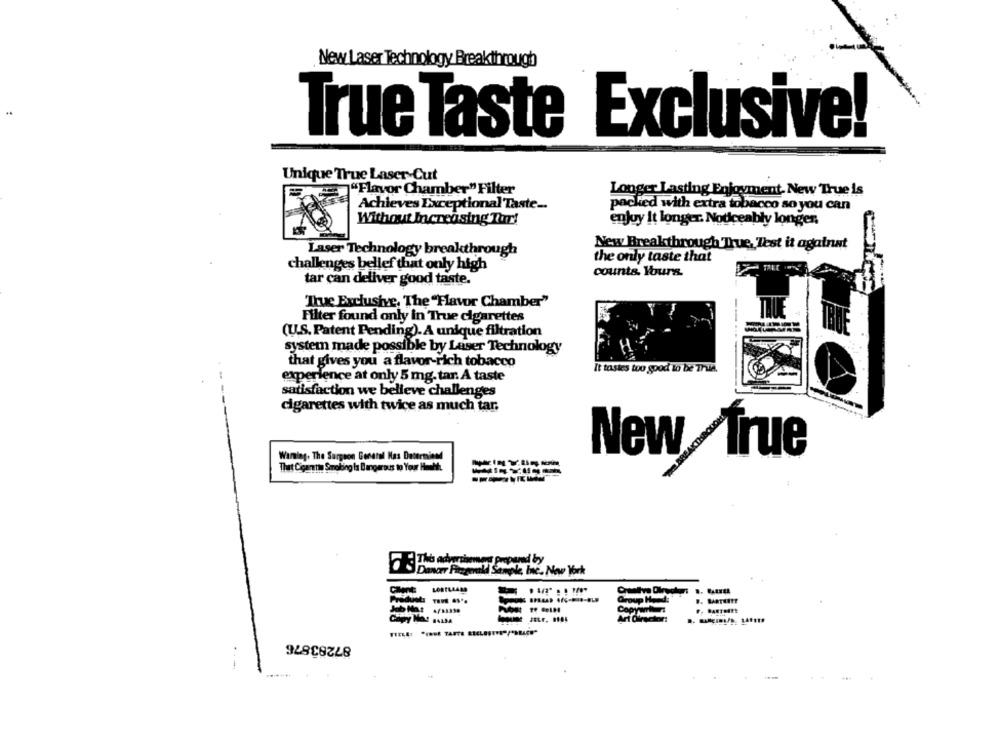
New Laser Technology Breakthrough
..
True Taste Exclusive!
Unique True Laser-Cut
"Flavor Chamber" Filter
Longer Lasting Enjoyment. New True is
Achieves Exceptional Taste ..
packed with extra tobacco so you can
Without Increasing Thr!
enjoy it longer. Noticeably longen.
Laser Technology breakthrough
New Breakthrough 'True, Test it againat
the only taste that
challenges belief that only high
counts. Yours.
tar can deliver good taste.
"Thue Exclusive, The "Flavor Chamber"
Filter found only in True cigarettes
(U.S.Patent Pending). A unique filtration
system made possible by Laser Technology
that gives you a flavor-rich tobacco
It tastes too good to be True.
experience at only 5 mg. tar. A taste
satisfaction we believe challenges
cigarettes with twice as much tar.
Warning. The Surgeon General Mas Determined
New frue
That Cigarette Smoking la Dangerous to Your Huit.
This advertisement Prepared by
OS Dancer Fitzgerald Sample, Inc. New York
Clent:
LORTLLAM
Produits Tant as ..
Capy Mas BALM
87283876